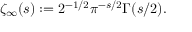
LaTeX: \zeta _ { \infty } ( s ) : = 2 ^ { - 1 / 2 } \pi ^ { - s / 2 } \Gamma ( s / 2 ) .